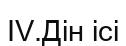
IV.Дін ісі